Language: tamil
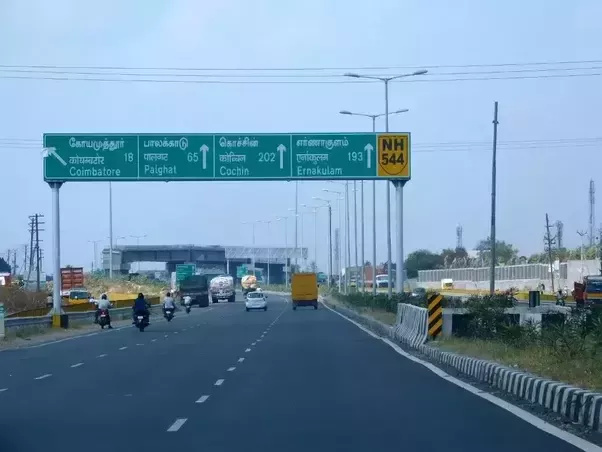
Transcription: எா்ணாகுளம் கொச்சின் பாலக்காடு கோயமுத்தூா்